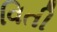
વિતી